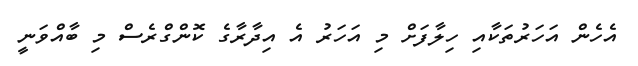
އެހެން އަހަރުތަކާއި ހިލާފަށް މި އަހަރު އެ އިދާރާގެ ކޮންގްރެސް މި ބާއްވަނީ